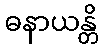
ဓနာယန္တိ